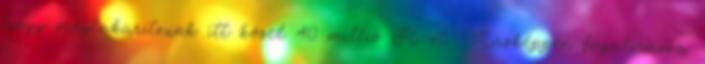
hogy megtakarítsunk itt közel 40 millió Ft-ot. Másképpen fogalmazva